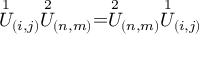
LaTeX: \stackrel { 1 } { U } _ { ( i , j ) } \stackrel { 2 } { U } _ { ( n , m ) } = \stackrel { 2 } { U } _ { ( n , m ) } \stackrel { 1 } { U } _ { ( i , j ) }